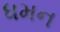
ધમન